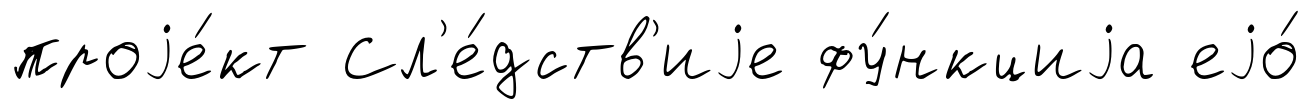
проjе́кт Сл'е́дств'иjе фу́нкциjа еjо́